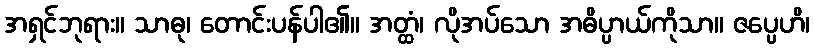
အရှင်ဘုရား။ သာဓု၊ တောင်းပန်ပါ၏။ အတ္ထံ၊ လိုအပ်သော အဓိပ္ပာယ်ကိုသာ။ ဇပ္ပေဟိ၊